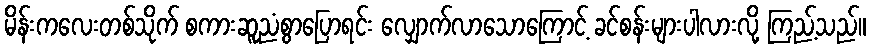
မိန်းကလေးတစ်သိုက် စကားဆူညံစွာပြောရင်း လျှောက်လာသောကြောင့် ခင်စန်းများပါလားလို့ ကြည့်သည်။